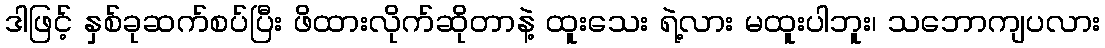
ဒါဖြင့် နှစ်ခုဆက်စပ်ပြီး ဖိထားလိုက်ဆိုတာနဲ့ ထူးသေး ရဲ့လား မထူးပါဘူး၊ သဘောကျပလား